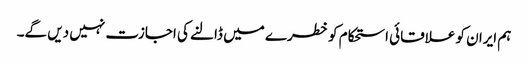
ہم ایران کو علاقائی استحکام کو خطرے میں ڈالنے کی اجازت نہیں دیں گے۔